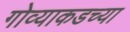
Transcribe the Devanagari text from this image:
गोव्याकडच्या